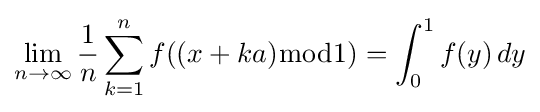
\lim _{n\to \infty }{\frac {1}{n}}\sum _{k=1}^{n}f((x+ka){\bmod {1}})=\int _{0}^{1}f(y)\,dy